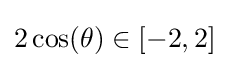
2\cos(\theta )\in [-2,2]